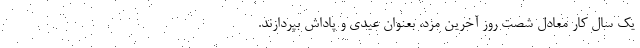
یک سال کار معادل شصت روز آخرین مزد، بعنوان عیدی و پاداش بپردازند.